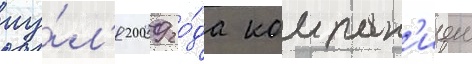
иу́л'я 2009 го́да компан'иеи